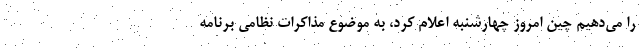
را می‌دهیم چین امروز چهارشنبه اعلام کرد، به موضوع مذاکرات نظامی برنامه